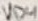
Text: VD4